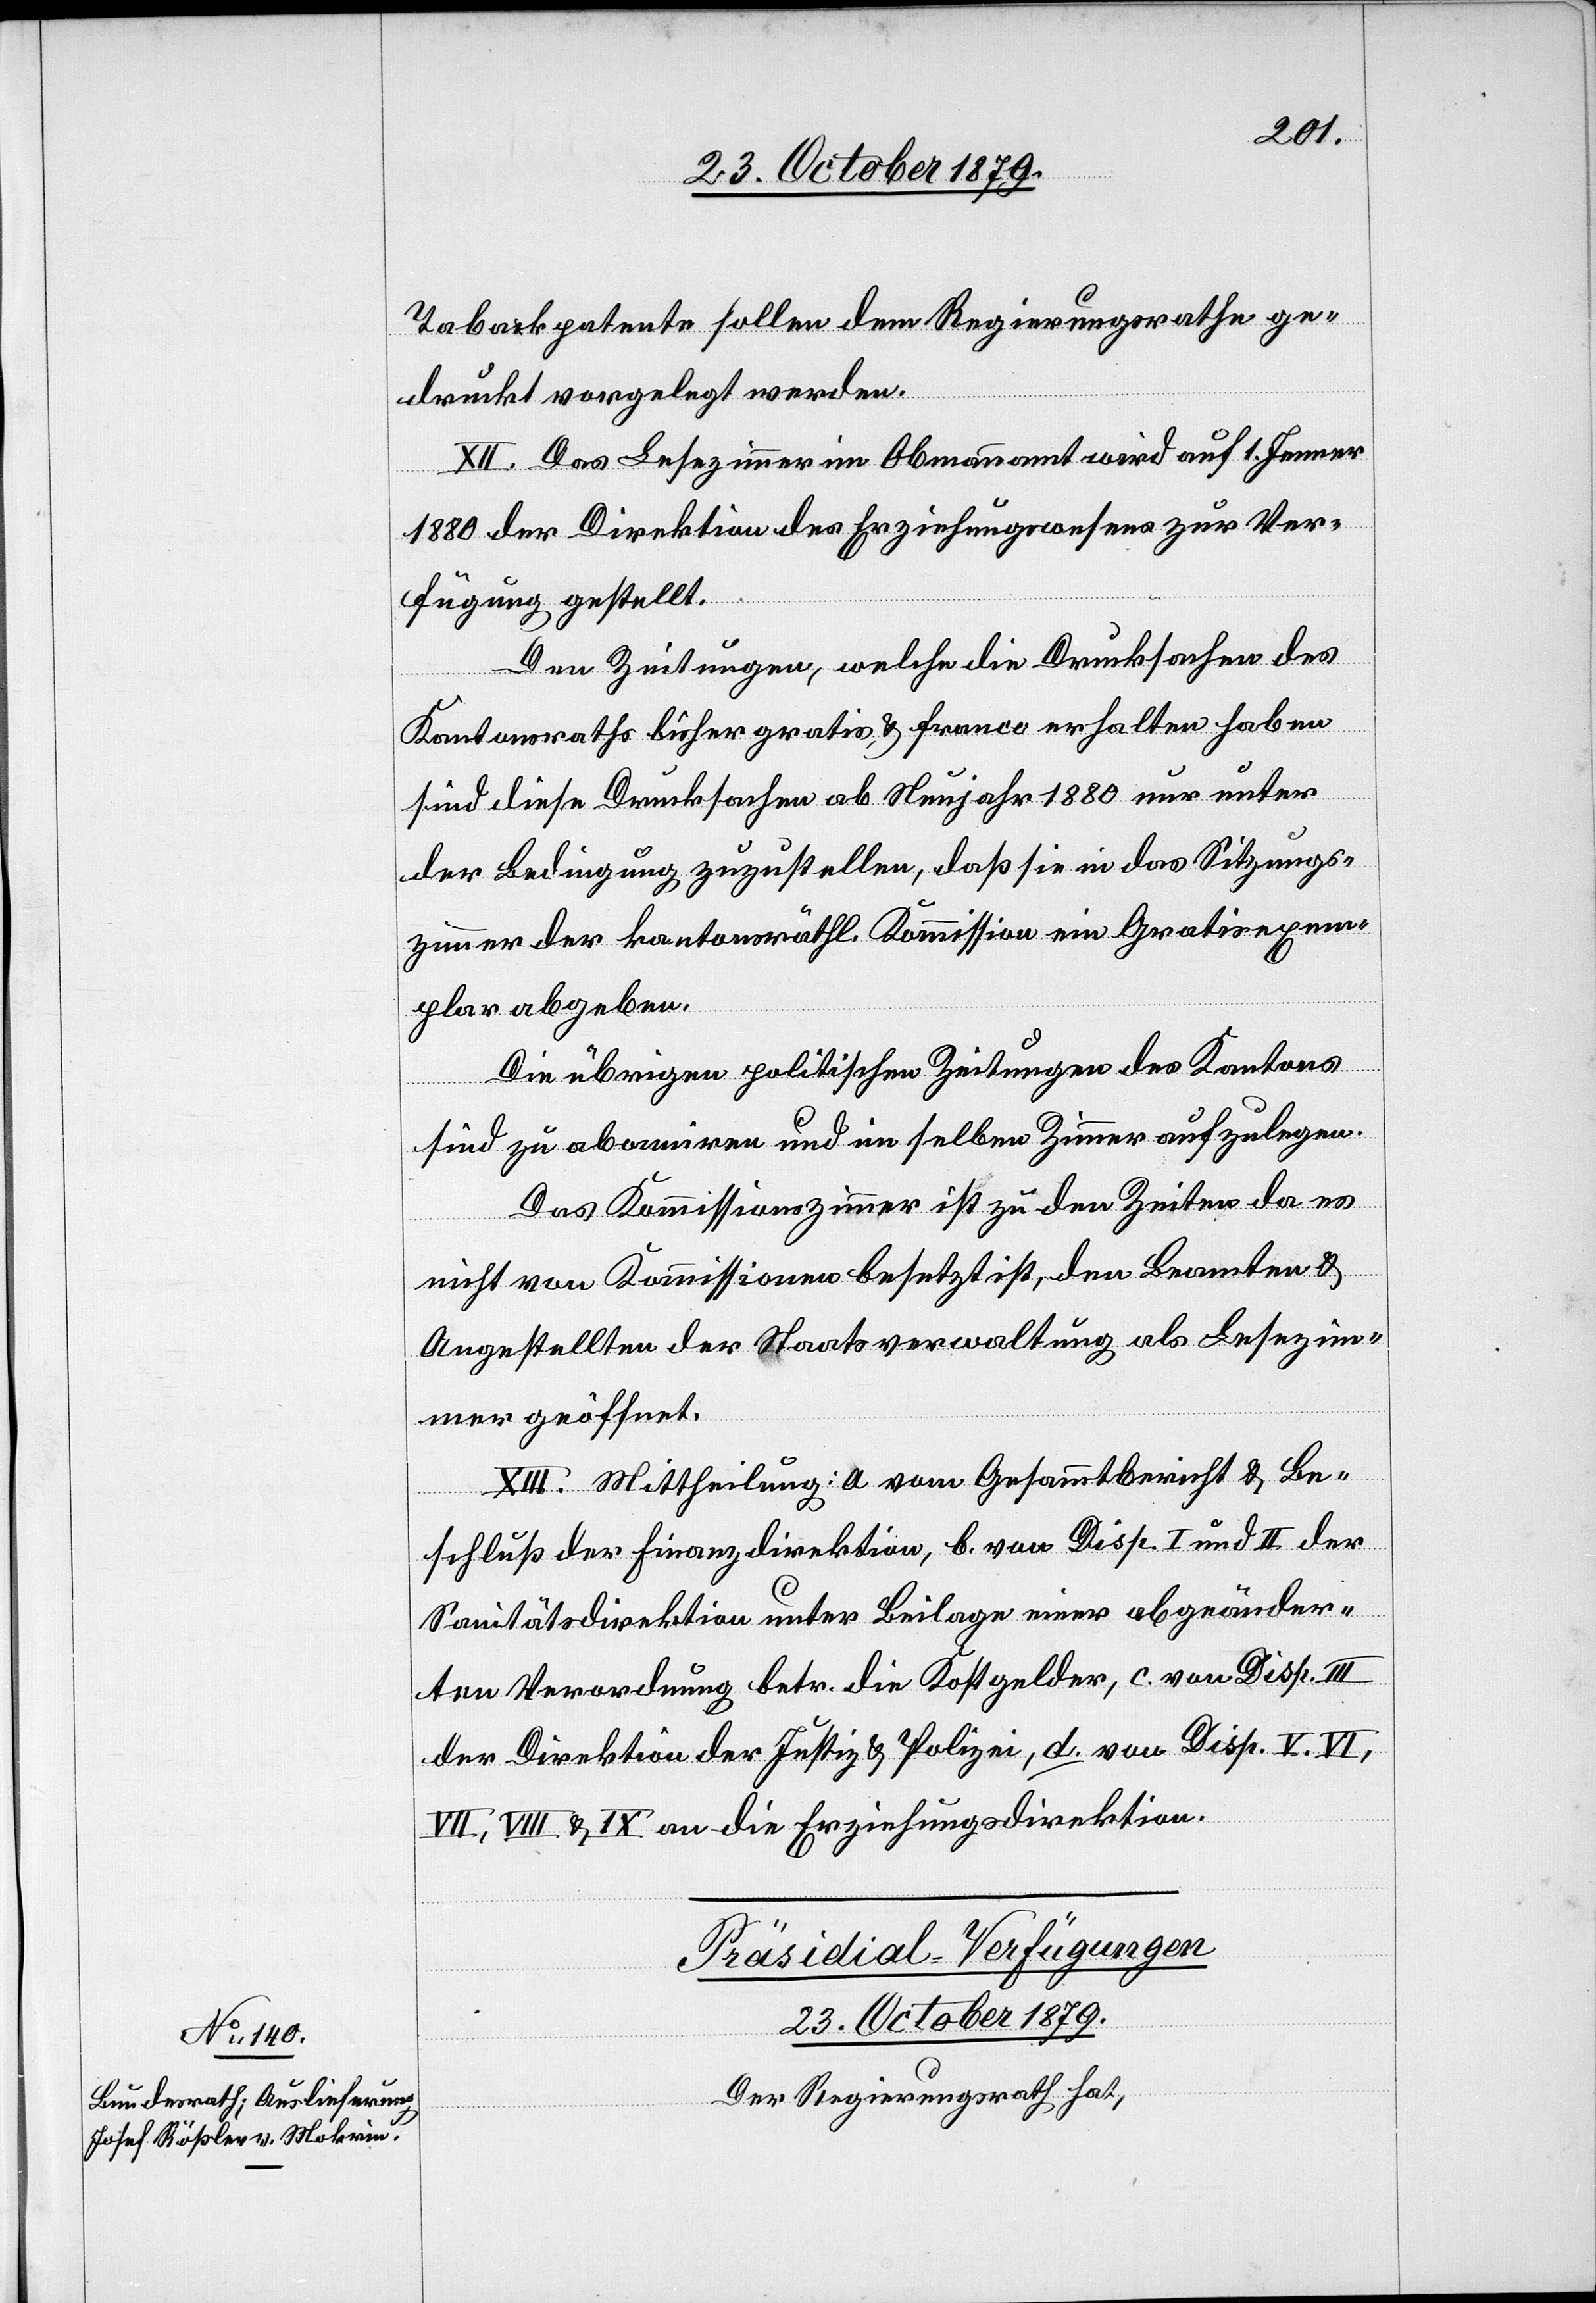
Präsidial-Verfügungen
23. October 1879.
Der Regierungsrath hat,